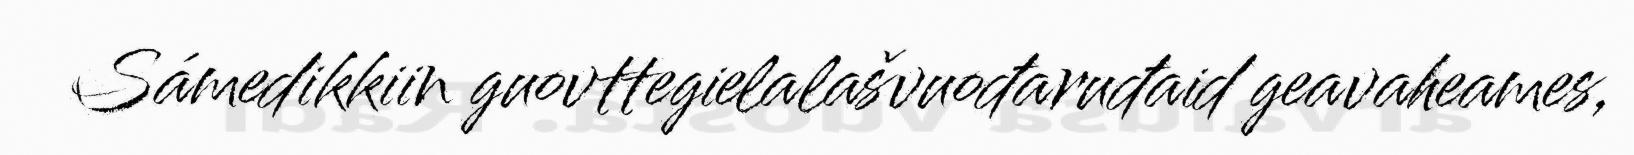
Sámedikkiin guovttegielalašvuođaruđaid geavaheames,